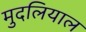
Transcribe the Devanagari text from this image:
मुदलियाल